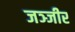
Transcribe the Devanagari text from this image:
जञ्जीर